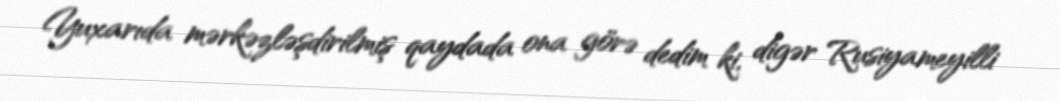
Yuxarıda mərkəzləşdirilmiş qaydada ona görə dedim ki, digər Rusiyameyilli